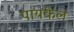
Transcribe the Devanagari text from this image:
पायकेल